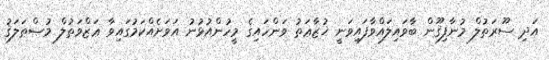
އަދި ސޫރަތުލް މުނާފިޤޫން ބާވައިލައްވާފައިވަނީ ޚުޒާޢަތު ވަންހައިގެ މީހުންއުޅުނު އަވަށެއްކަމުގައިވާ ޢަޒްވަތުލް މުޞްޠަލަޤު